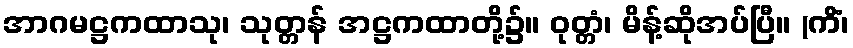
အာဂမဋ္ဌကထာသု၊ သုတ္တန် အဋ္ဌကထာတို့၌။ ဝုတ္တံ၊ မိန့်ဆိုအပ်ပြီ။ (ကိံ၊